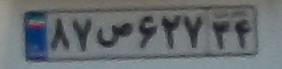
۸۷ص۶۲۷۳۴